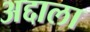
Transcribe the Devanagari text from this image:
अद्दाला